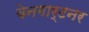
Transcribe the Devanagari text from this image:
वेनगार्टनर